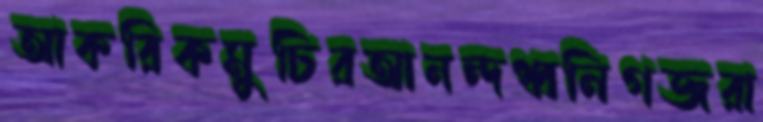
আকরিকমুচিরআনন্দধ্বনিগজরা